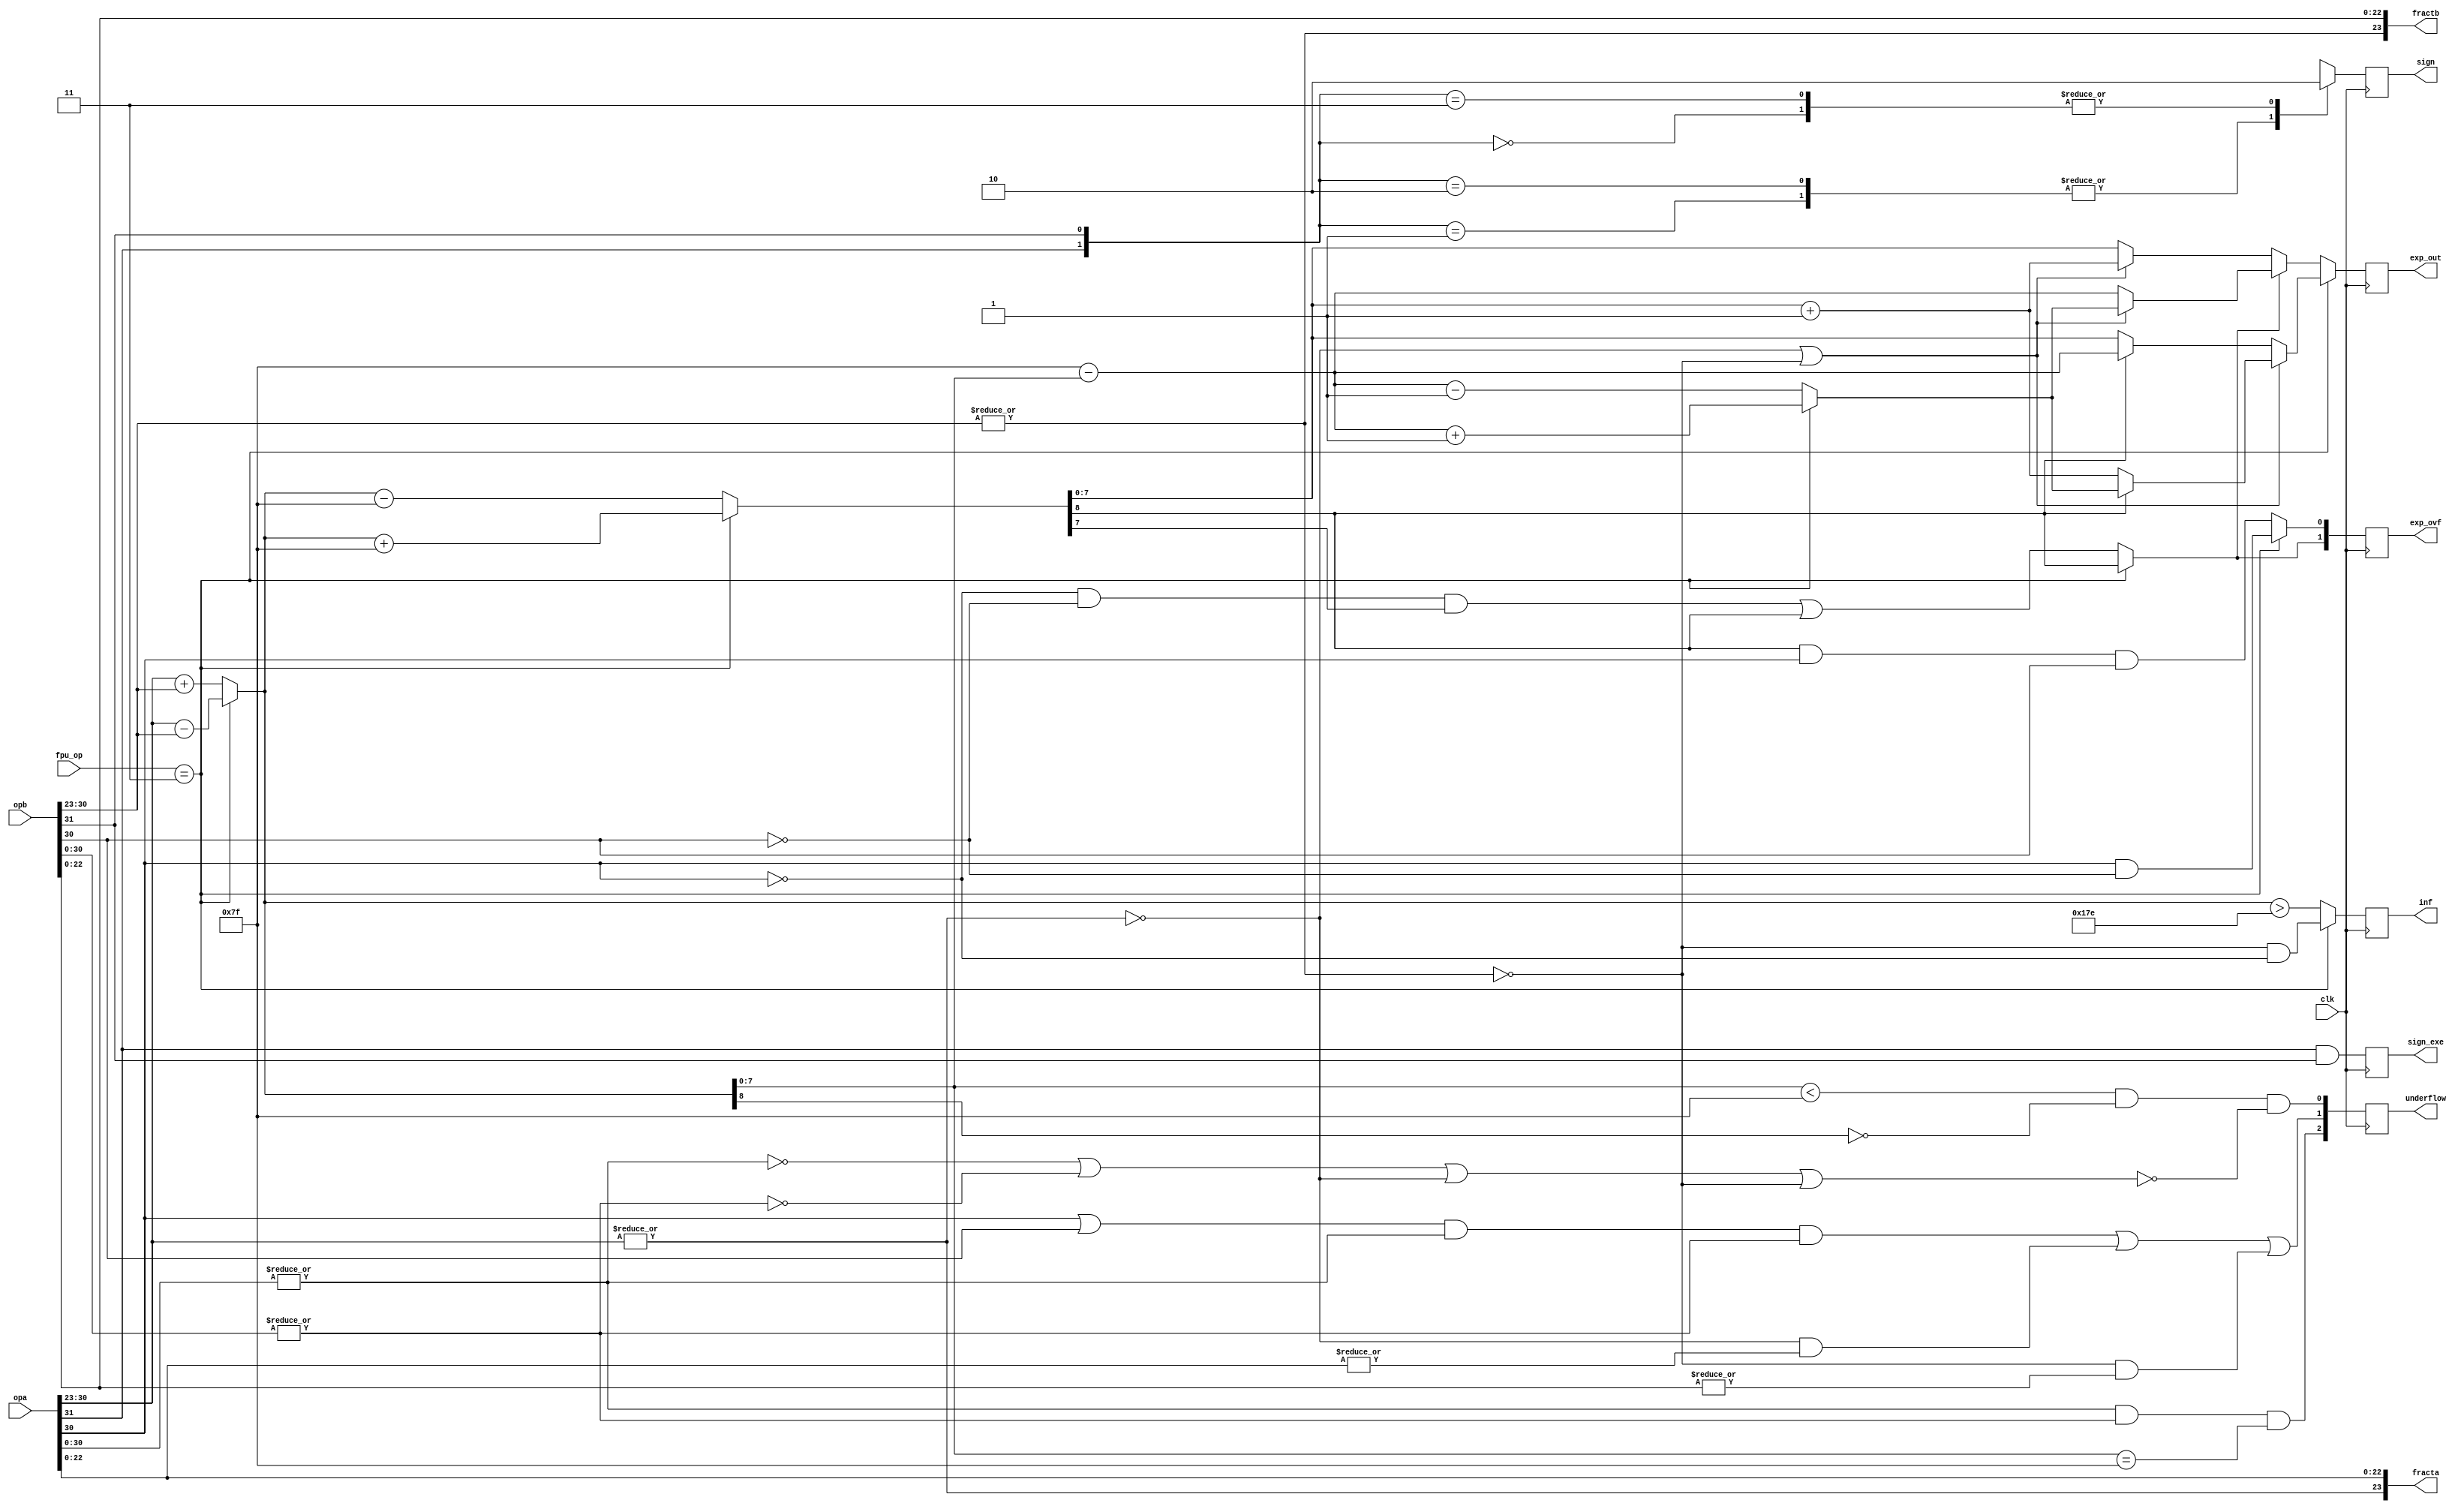
module pre_norm_fmul(clk, fpu_op, opa, opb, fracta, fractb, exp_out, sign,
		sign_exe, inf, exp_ovf, underflow);
input		clk;
input	[2:0]	fpu_op;
input	[31:0]	opa, opb;
output	[23:0]	fracta, fractb;
output	[7:0]	exp_out;
output		sign, sign_exe;
output		inf;
output	[1:0]	exp_ovf;
output	[2:0]	underflow;

////////////////////////////////////////////////////////////////////////
//
// Local Wires and registers
//

reg	[7:0]	exp_out;
wire		signa, signb;
reg		sign, sign_d;
reg		sign_exe;
reg		inf;
wire	[1:0]	exp_ovf_d;
reg	[1:0]	exp_ovf;
wire	[7:0]	expa, expb;
wire	[7:0]	exp_tmp1, exp_tmp2;
wire		co1, co2;
wire		expa_dn, expb_dn;
wire	[7:0]	exp_out_a;
wire		opa_00, opb_00, fracta_00, fractb_00;
wire	[7:0]	exp_tmp3, exp_tmp4, exp_tmp5;
wire	[2:0]	underflow_d;
reg	[2:0]	underflow;
wire		op_div = (fpu_op == 3'b011);
wire	[7:0]	exp_out_mul, exp_out_div;

////////////////////////////////////////////////////////////////////////
//
// Aliases
//

assign  signa = opa[31];
assign  signb = opb[31];
assign   expa = opa[30:23];
assign   expb = opb[30:23];

////////////////////////////////////////////////////////////////////////
//
// Calculate Exponenet
//

assign expa_dn   = !(|expa);
assign expb_dn   = !(|expb);
assign opa_00    = !(|opa[30:0]);
assign opb_00    = !(|opb[30:0]);
assign fracta_00 = !(|opa[22:0]);
assign fractb_00 = !(|opb[22:0]);

assign fracta = {!expa_dn,opa[22:0]};	// Recover hidden bit
assign fractb = {!expb_dn,opb[22:0]};	// Recover hidden bit

assign {co1,exp_tmp1} = op_div ? (expa - expb)            : (expa + expb);
assign {co2,exp_tmp2} = op_div ? ({co1,exp_tmp1} + 8'h7f) : ({co1,exp_tmp1} - 8'h7f);

assign exp_tmp3 = exp_tmp2 + 1;
assign exp_tmp4 = 8'h7f - exp_tmp1;
assign exp_tmp5 = op_div ? (exp_tmp4+1) : (exp_tmp4-1);


always@(posedge clk)
	exp_out <= #1 op_div ? exp_out_div : exp_out_mul;

assign exp_out_div = (expa_dn | expb_dn) ? (co2 ? exp_tmp5 : exp_tmp3 ) : co2 ? exp_tmp4 : exp_tmp2;
assign exp_out_mul = exp_ovf_d[1] ? exp_out_a : (expa_dn | expb_dn) ? exp_tmp3 : exp_tmp2;
assign exp_out_a   = (expa_dn | expb_dn) ? exp_tmp5 : exp_tmp4;
assign exp_ovf_d[0] = op_div ? (expa[7] & !expb[7]) : (co2 & expa[7] & expb[7]);
assign exp_ovf_d[1] = op_div ? co2                  : ((!expa[7] & !expb[7] & exp_tmp2[7]) | co2);

always @(posedge clk)
	exp_ovf <= #1 exp_ovf_d;

assign underflow_d[0] =	(exp_tmp1 < 8'h7f) & !co1 & !(opa_00 | opb_00 | expa_dn | expb_dn);
assign underflow_d[1] =	((expa[7] | expb[7]) & !opa_00 & !opb_00) |
			 (expa_dn & !fracta_00) | (expb_dn & !fractb_00);
assign underflow_d[2] =	 !opa_00 & !opb_00 & (exp_tmp1 == 8'h7f);

always @(posedge clk)
	underflow <= #1 underflow_d;

always @(posedge clk)
	inf <= #1 op_div ? (expb_dn & !expa[7]) : ({co1,exp_tmp1} > 9'h17e) ;


////////////////////////////////////////////////////////////////////////
//
// Determine sign for the output
//

// sign: 0=Posetive Number; 1=Negative Number
always @(signa or signb)
   case({signa, signb})		// synopsys full_case parallel_case
	2'b0_0: sign_d = 0;
	2'b0_1: sign_d = 1;
	2'b1_0: sign_d = 1;
	2'b1_1: sign_d = 0;
   endcase

always @(posedge clk)
	sign <= #1 sign_d;

always @(posedge clk)
	sign_exe <= #1 signa & signb;

endmodule